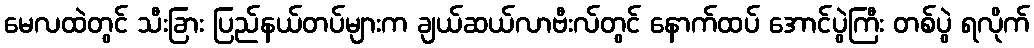
မေလထဲတွင် သီးခြား ပြည်နယ်တပ်များက ချယ်ဆယ်လာဗီးလ်တွင် နောက်ထပ် အောင်ပွဲကြီး တစ်ပွဲ ရလိုက်